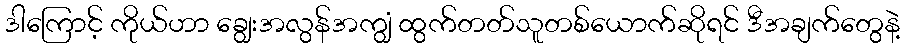
ဒါကြောင့် ကိုယ်ဟာ ချွေးအလွန်အကျွံ ထွက်တတ်သူတစ်ယောက်ဆိုရင် ဒီအချက်တွေနဲ့